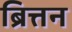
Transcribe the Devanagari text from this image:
ब्रित्तन